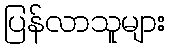
ပြန်လာသူများ